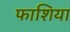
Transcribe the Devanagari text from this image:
फाशिया